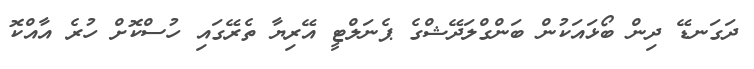
ދަގަނޑޭ ދިން ބޯޅައަކުން ބަންގްލަދޭޝްގެ ޕެނަލްޓީ އޭރިޔާ ތެރޭގައި ހުސްކޮށް ހުރެ އާއްކޮ